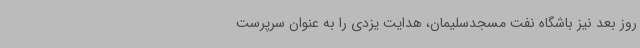
روز بعد نیز باشگاه نفت مسجدسلیمان، هدایت یزدی را به عنوان سرپرست